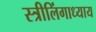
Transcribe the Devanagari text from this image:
स्त्रीलिंगाध्याय